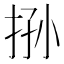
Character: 𰓧